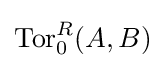
\operatorname {Tor} _{0}^{R}(A,B)